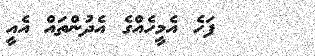
ފަހެ އެމީހެއްގެ އެދުންތައް އެއީ